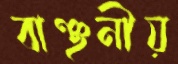
বাঞ্ছনীয়